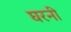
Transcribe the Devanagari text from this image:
घरनी